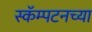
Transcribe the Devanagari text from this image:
स्कॅम्पटनच्या